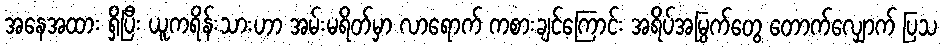
အနေအထား ရှိပြီး ယူကရိန်းသားဟာ အမ်းမရိတ်မှာ လာရောက် ကစားချင်ကြောင်း အရိပ်အမြွက်တွေ တောက်လျှောက် ပြသ